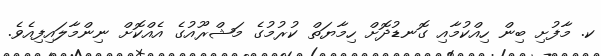
ކ. މާފުށި ބިން ހިއްކުމާއި ގޮނޑުދޮށް ހިމާޔަތް ކުރުމުގެ މަޝްރޫއުގެ އެއްކޮށް ނިންމާލައިފިއެވެ.